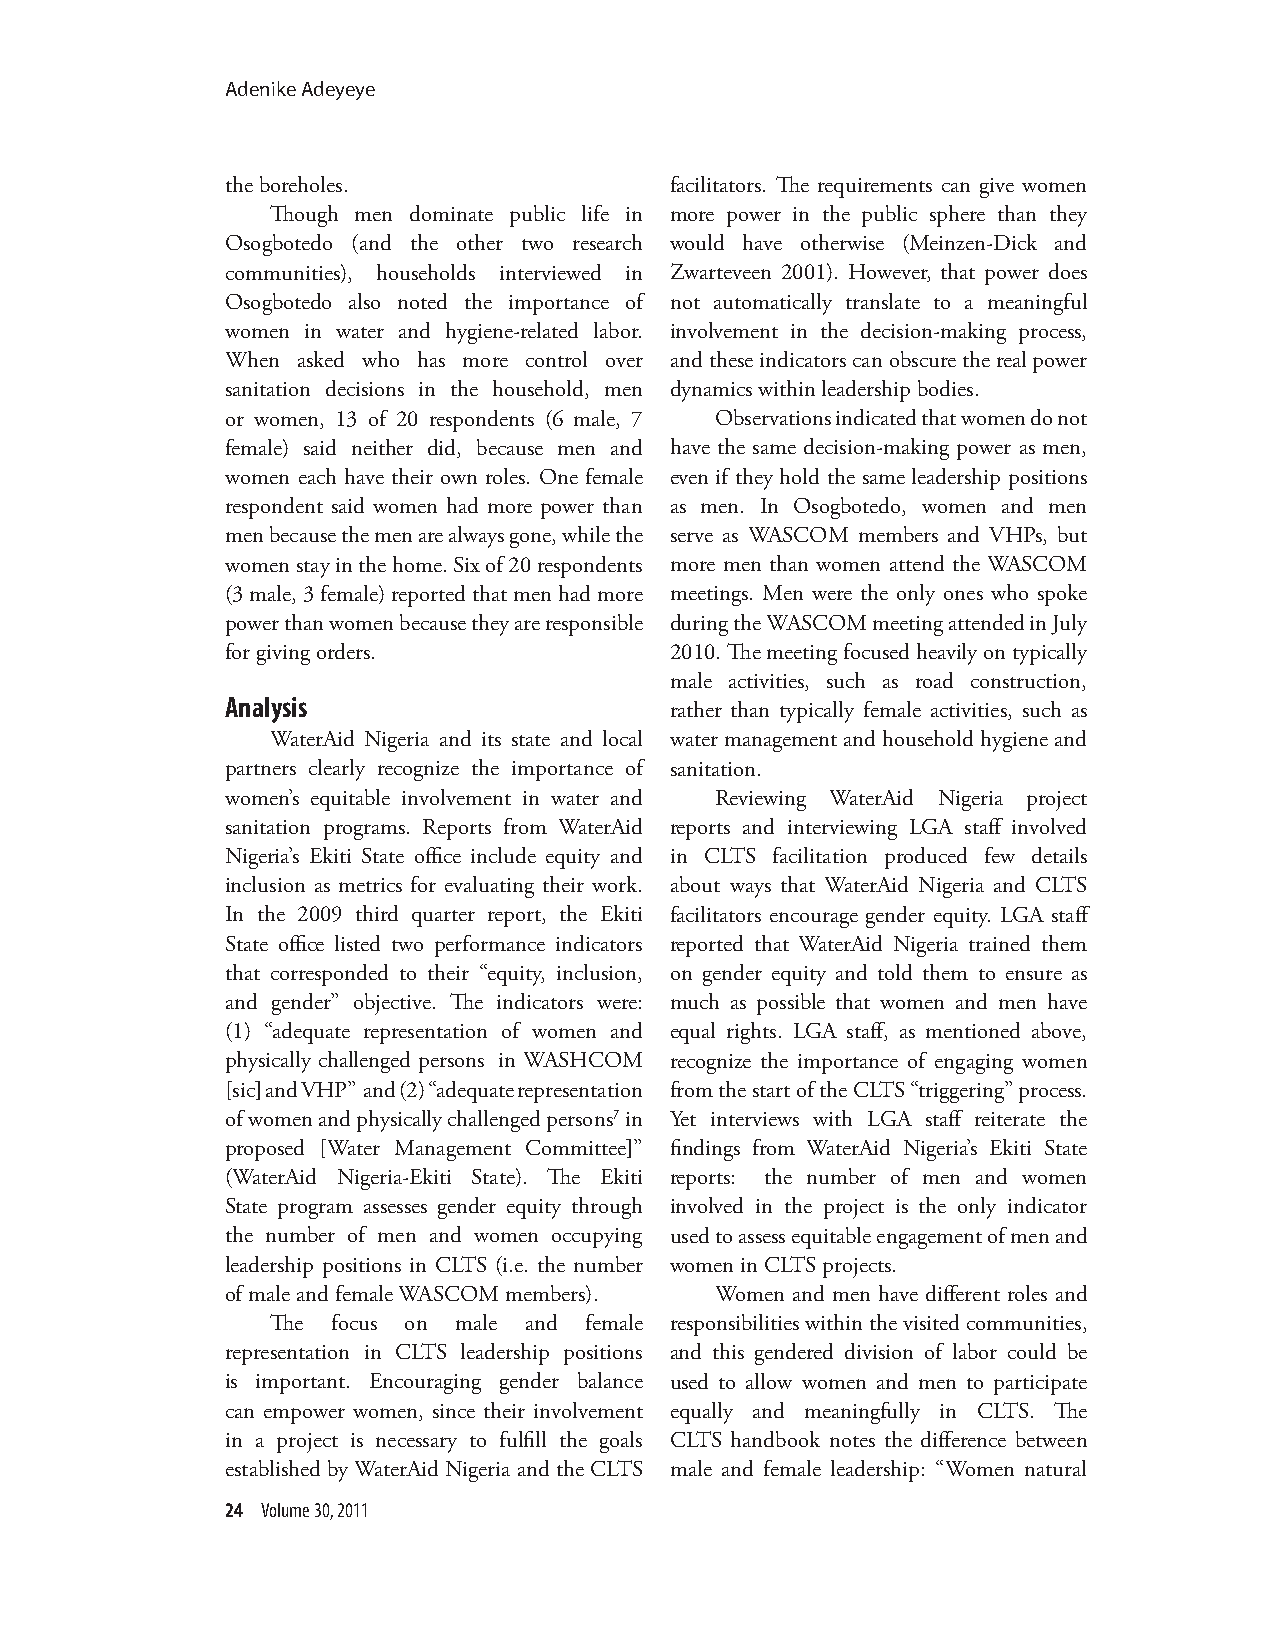
Adenike Adeyeye
 the boreholes.               facilitators. The requirements can give women
 Though men dominate public life in more power in the public sphere than they
 Osogbotedo (and the other two research would have otherwise (Meinzen-Dick and
 communities), households interviewed in Zwarteveen 2001). However, that power does
 Osogbotedo also noted the importance of not automatically translate to a meaningful
 women in water and hygiene-related labor. involvement in the decision-making process,
 When asked who has more control over and these indicators can obscure the real power
 sanitation decisions in the household, men dynamics within leadership bodies.
 or women, 13 of 20 respondents (6 male, 7 Observations indicated that women do not
 female) said neither did, because men and have the same decision-making power as men,
 women each have their own roles. One female even if they hold the same leadership positions
 respondent said women had more power than as men. In Osogbotedo, women and men
 men because the men are always gone, while the serve as WASCOM members and VHPs, but
 women stay in the home. Six of 20 respondents more men than women attend the WASCOM
 (3 male, 3 female) reported that men had more meetings. Men were the only ones who spoke
 power than women because they are responsible during the WASCOM meeting attended in July
 for giving orders.           2010. The meeting focused heavily on typically
 male activities, such as road construction,
 Analysis
 rather than typically female activities, such as
 WaterAid Nigeria and its state and local water management and household hygiene and
 partners clearly recognize the importance of sanitation.
 women’s equitable involvement in water and Reviewing WaterAid Nigeria project
 sanitation programs. Reports from WaterAid reports and interviewing LGA staff involved
 Nigeria’s Ekiti State office include equity and in CLTS facilitation produced few details
 inclusion as metrics for evaluating their work. about ways that WaterAid Nigeria and CLTS
 In the 2009 third quarter report, the Ekiti facilitators encourage gender equity. LGA staff
 State office listed two performance indicators reported that WaterAid Nigeria trained them
 that corresponded to their “equity, inclusion, on gender equity and told them to ensure as
 and gender” objective. The indicators were: much as possible that women and men have
 (1) “adequate representation of women and equal rights. LGA staff, as mentioned above,
 physically challenged persons in WASHCOM recognize the importance of engaging women
 [sic] and VHP” and (2) “adequate representation from the start of the CLTS “triggering” process.
 of women and physically challenged persons7 in Yet interviews with LGA staff reiterate the
 proposed [Water Management Committee]” findings from WaterAid Nigeria’s Ekiti State
 (WaterAid Nigeria-Ekiti State). The Ekiti reports: the number of men and women
 State program assesses gender equity through involved in the project is the only indicator
 the number of men and women occupying used to assess equitable engagement of men and
 leadership positions in CLTS (i.e. the number women in CLTS projects.
 of male and female WASCOM members). Women and men have different roles and
 The focus on male and female responsibilities within the visited communities,
 representation in CLTS leadership positions and this gendered division of labor could be
 is important. Encouraging gender balance used to allow women and men to participate
 can empower women, since their involvement equally and meaningfully in CLTS. The
 in a project is necessary to fulfill the goals CLTS handbook notes the difference between
 established by WaterAid Nigeria and the CLTS male and female leadership: “Women natural
 24 Volume 30, 2011